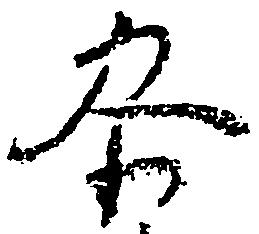
参